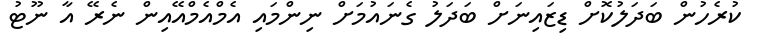
ކުރެހުން ބަދަލުކޮށް ޑިޒައިނަށް ބަދަލު ގެނައުމަށް ނިންމައި އެމްއެމްއޭއިން ނެރޭ އާ ނޫޓު